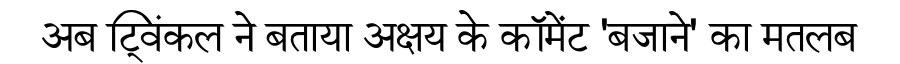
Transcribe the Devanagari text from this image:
अब ट्विंकल ने बताया अक्षय के कॉमेंट 'बजाने' का मतलब